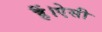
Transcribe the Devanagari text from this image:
हैं।ऐसी